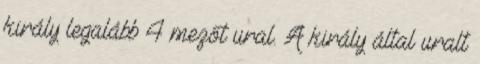
király legalább 4 mezőt ural. A király által uralt